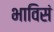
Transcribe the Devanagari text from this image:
भाविसं